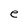
Character: e